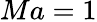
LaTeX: Ma=1